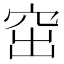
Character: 窋